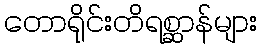
တောရိုင်းတိရစ္ဆာန်များ